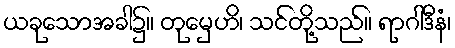
ယခုသောအခါ၌။ တုမှေဟိ၊ သင်တို့သည်။ ရာဂါဒီနံ၊